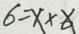
6 - x \times 6